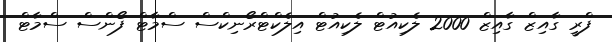
ފްރީ ގާއިޒް ގާއިޒް 2000 ލެކިއުޓް ލެކިއުޓް އިލެކްޓްރޯނިކްސް ސްމާޓް ފޯންސް ސްމާޓް